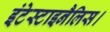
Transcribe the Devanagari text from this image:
इंटेस्टाइनैलिस।